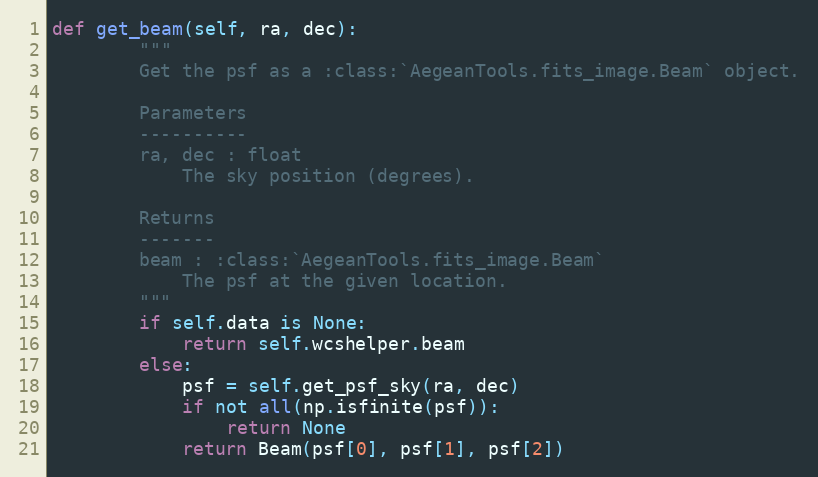
Language: Python
def get_beam(self, ra, dec):
        """
        Get the psf as a :class:`AegeanTools.fits_image.Beam` object.

        Parameters
        ----------
        ra, dec : float
            The sky position (degrees).

        Returns
        -------
        beam : :class:`AegeanTools.fits_image.Beam`
            The psf at the given location.
        """
        if self.data is None:
            return self.wcshelper.beam
        else:
            psf = self.get_psf_sky(ra, dec)
            if not all(np.isfinite(psf)):
                return None
            return Beam(psf[0], psf[1], psf[2])